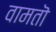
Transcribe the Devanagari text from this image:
वामतॊ